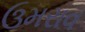
ઉમરાવ